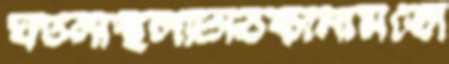
ঘটনাস্থলটিঠিকানামতো